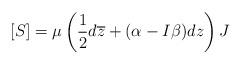
LaTeX: \begin{align*}[S]=\mu\left(\frac{1}{2}d\overline{z}+(\alpha-I\beta)dz\right)J\end{align*}